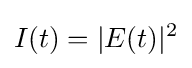
I(t)=|E(t)|^{2}